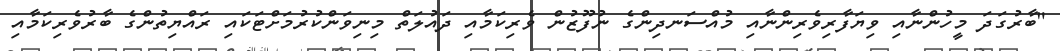
"ބާރުގަދަ މީހުންނާއި ވިޔަފާރިވެރިންނާއި މުއްސަނދިންގެ ނުފޫޒުން ވެރިކަމާއި ދައުލަތް މިނިވަންކުރުމަށްޓަކައި ރައްޔިތުންގެ ބާރުވެރިކަމާއި